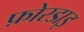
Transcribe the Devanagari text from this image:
फ़ोरडाइ